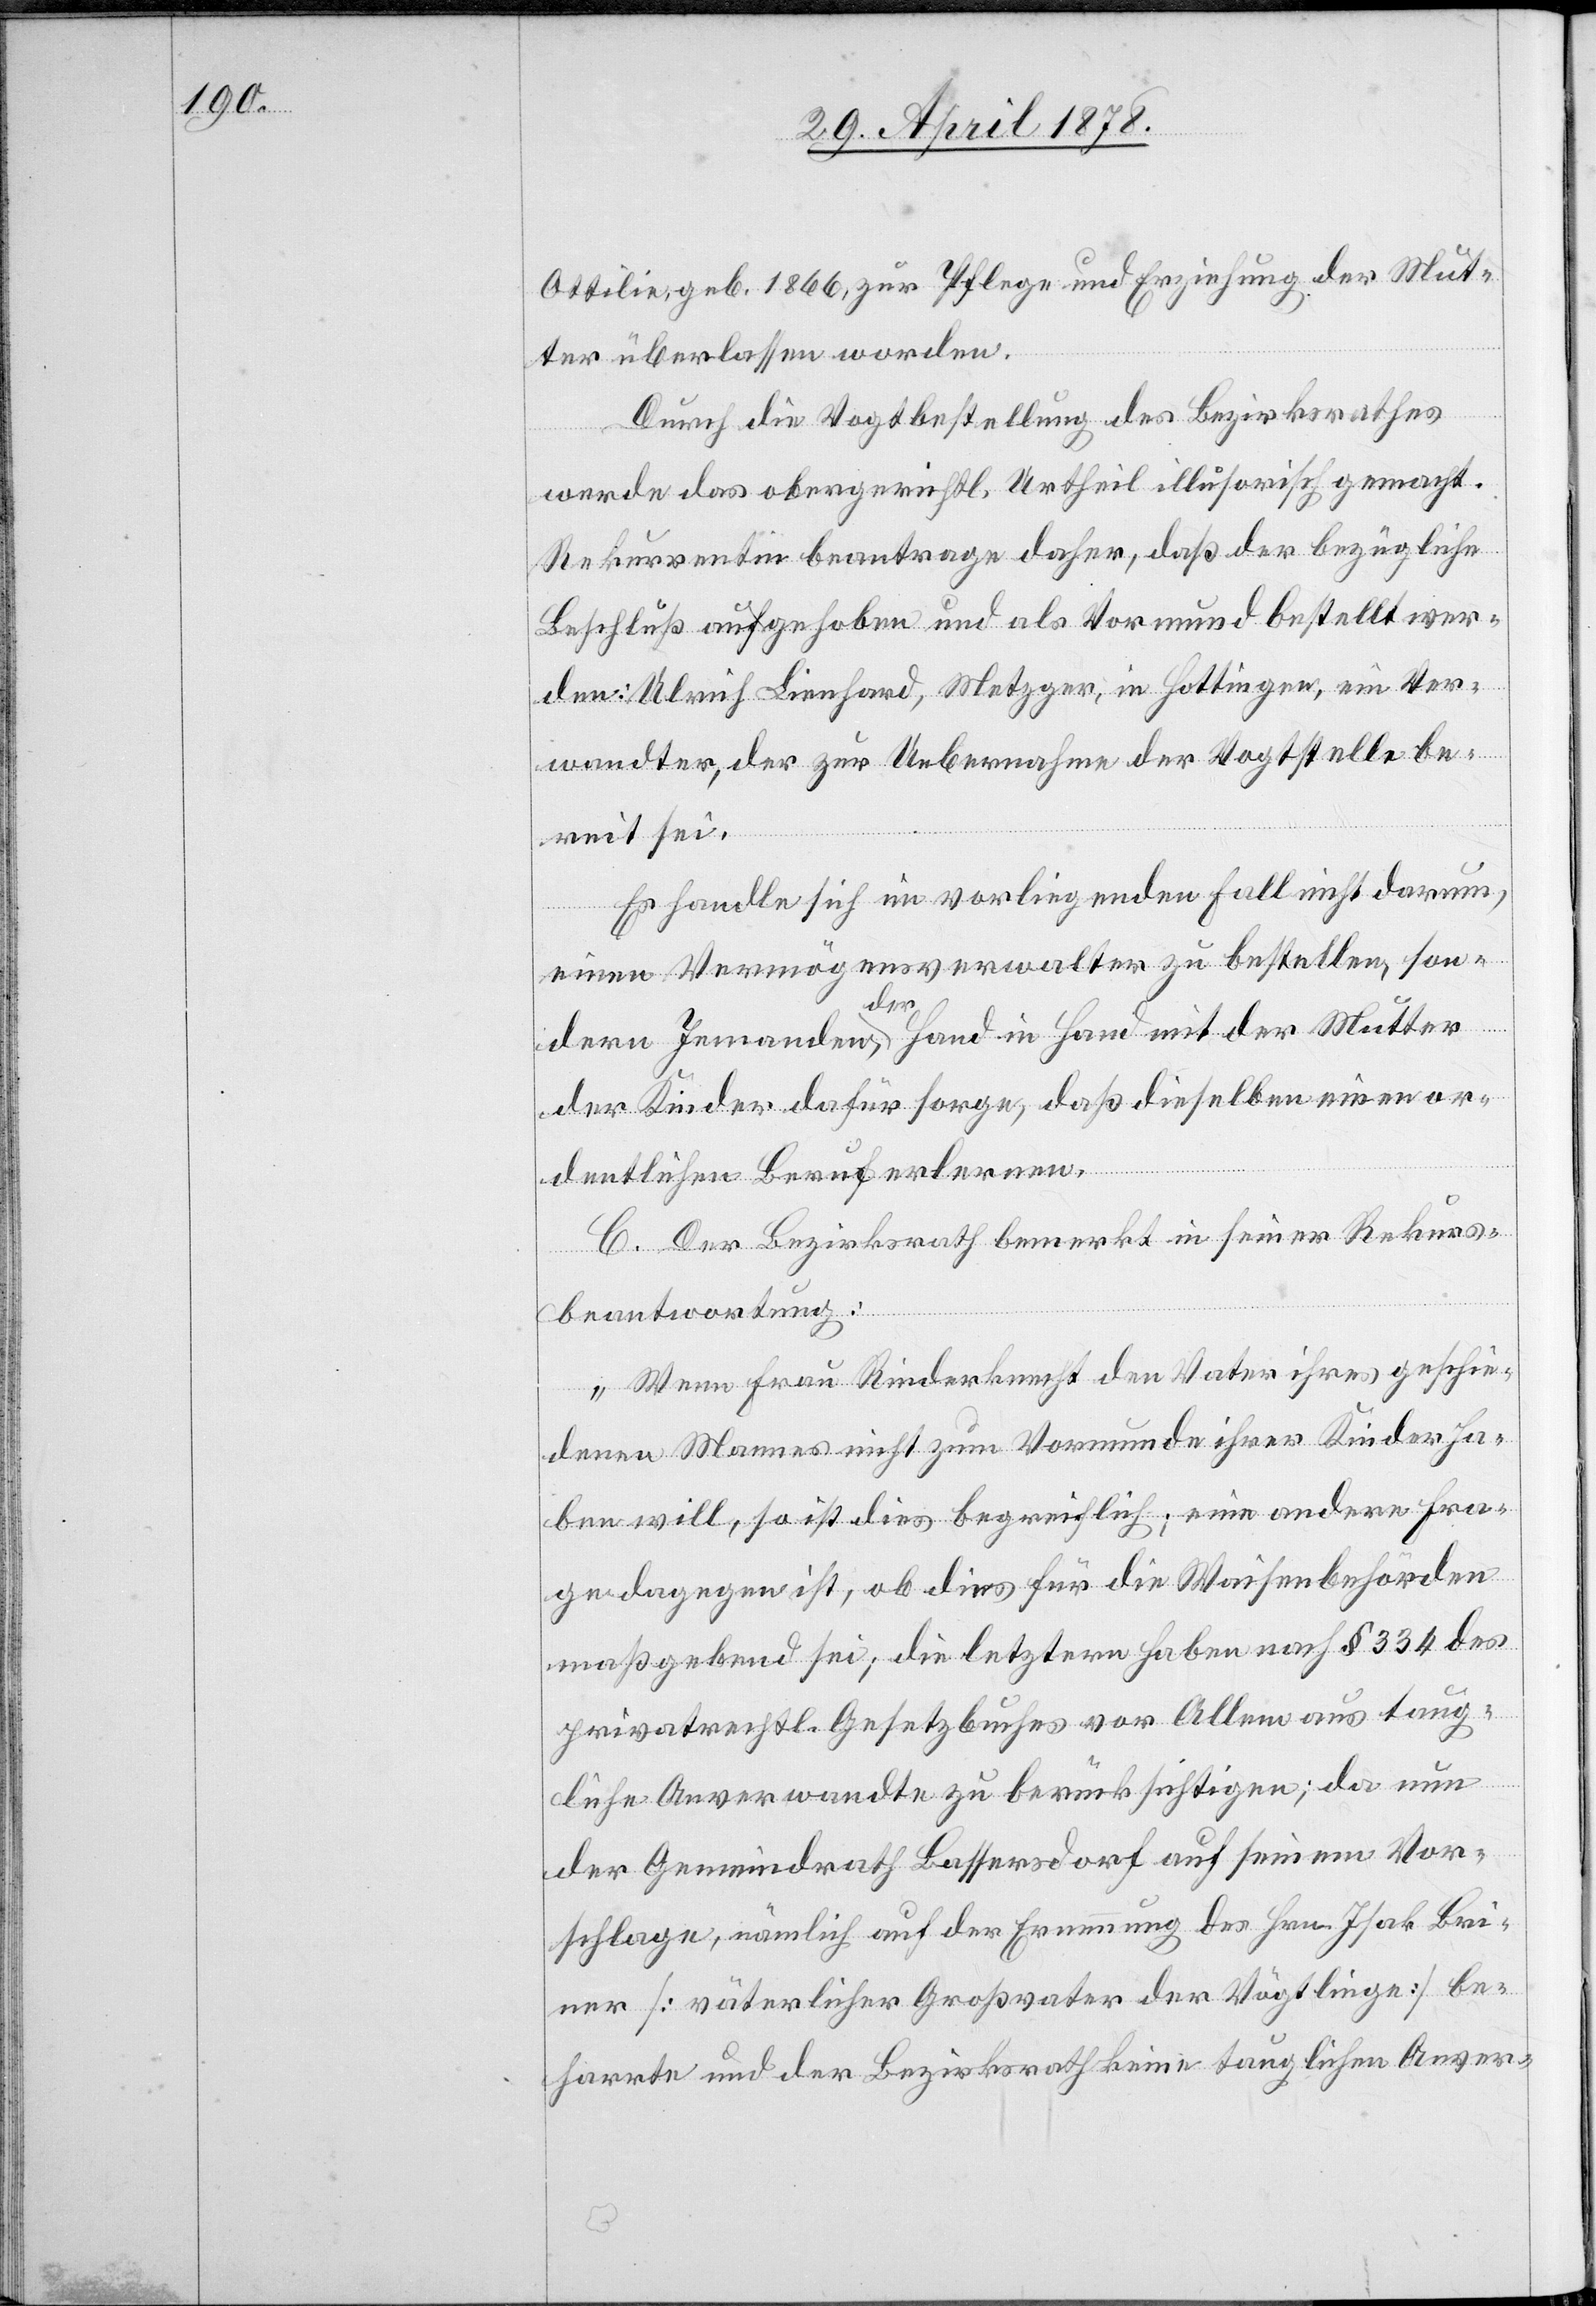
Ottilie, geb. 1866, zur Pflege und Erziehung der Mut¬
ter überlassen worden.
Durch die Vogtbestellung des Bezirksrathes
werde das obergerichtl. Urtheil illusorisch gemacht.
Rekurrentin beantrage daher, daß der bezügliche
Beschluß aufgehoben und als Vormund bestellt wer¬
Ulrich Lienhard, Metzger, in Hottingen, ein Ver¬
wandter, der zur Uebernahme der Vogtstelle be¬
reit sei.
Es handle sich in vorliegendem Fall nicht darum,
einen Vermögensverwalter zu bestellen, son¬
den
dern Jemanden, der Hand in Hand mit der Mutter
der Kinder dafür sorge, daß dieselben einen or¬
dentlichen Beruf erlernen.
C. Der Bezirksrath bemerkt in seiner Rekurs¬
beantwortung:
„Wenn Frau Rinderknecht den Vater ihres geschie¬
denen Mannes nicht zum Vormunde ihrer Kinder ha¬
ben will, so ist dies begreiflich, eine andere Fra¬
ge dagegen ist, ob dies für die Waisenbehörden
maßgebend sei; die letztern haben nach § 334 des
privatrechtl. Gesetzbuches vor allem aus taug¬
liche Anverwandte zu berücksichtigen; da nun
der Gemeindrath Bassersdorf auf seinem Vor¬
schlage, nämlich auf der Ernennung des Hrn. Isak Bri¬
ner [väterlicher Großvater der Vögtlinge] be¬
harrte und der Bezirksrath keine tauglichen Anver-